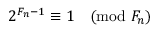
2 ^ { F _ { n } - 1 } \equiv 1 { \pmod { F _ { n } } }